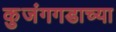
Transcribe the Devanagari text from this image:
कुजंगगडाच्या